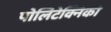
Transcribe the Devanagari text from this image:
पोलिटेक्निको